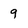
Character: 9